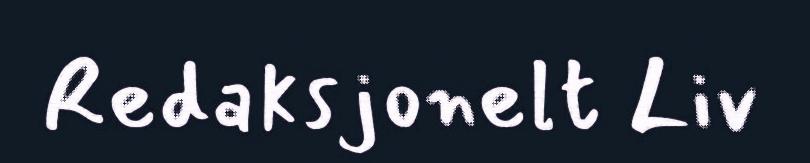
Redaksjonelt Liv